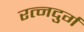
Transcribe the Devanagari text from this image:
रत्नदुर्ग